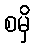
စမှိ